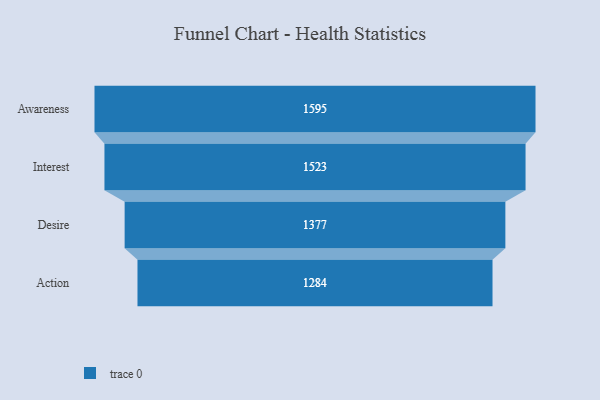
{"axis": {"x": "Stage", "y": "Value"}, "legend": [""], "data": [{"x": "Awareness", "y": 1595.0, "type": ""}, {"x": "Interest", "y": 1523.0, "type": ""}, {"x": "Desire", "y": 1377.0, "type": ""}, {"x": "Action", "y": 1284.0, "type": ""}]}